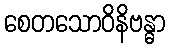
စေတသောဝိနိဗန္ဓာ